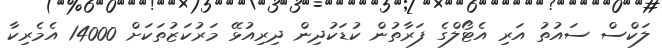
ލަކްސް ސައުތު އަރި އެޓޯލްގެ ފަރާތުން ކުޑަކުދިން ދިރިއުޅޭ މަރުކަޒުތަކަށް 14000 އެމެރިކާ